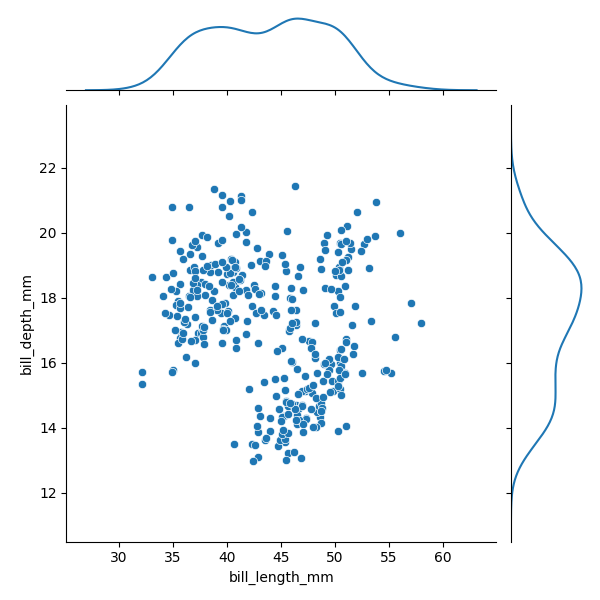
python, seaborn, JointGrid, scatterplot, kdeplot